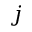
j